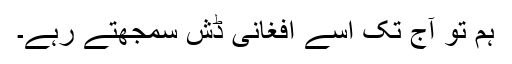
ہم تو آج تک اسے افغانی ڈش سمجهتے رہے۔